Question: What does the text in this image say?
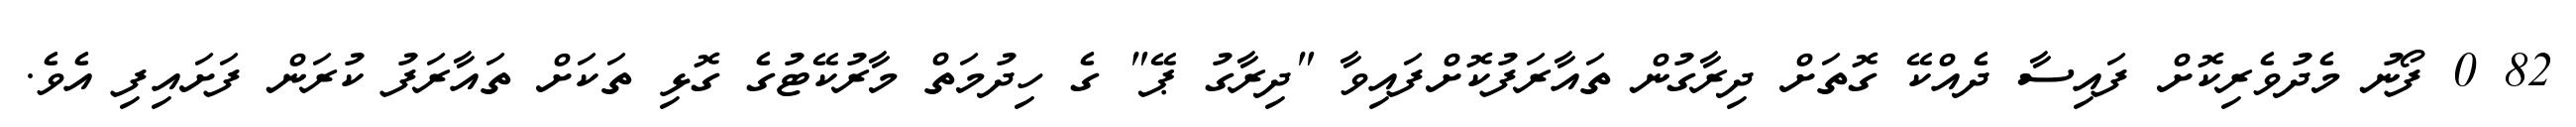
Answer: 82 0 ފޯނު މެދުވެރިކޮށް ފައިސާ ދެއްކޭ ގޮތަށް ދިރާގުން ތައާރަފުކޮށްފައިވާ "ދިރާގު ޕޭ" ގެ ހިދުމަތް މާރުކޭޓުގެ ގޮޅި ތަކަށް ތައާރަފު ކުރަން ފަށައިފި އެވެ.